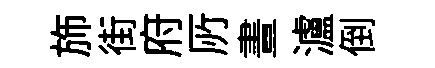
斾街府𠩄晝瀘倒